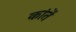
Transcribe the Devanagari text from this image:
कांतें